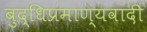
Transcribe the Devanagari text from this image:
बुद्धिप्रमाण्यवादी